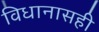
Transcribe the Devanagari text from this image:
विधानासही